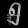
Digit: ၅